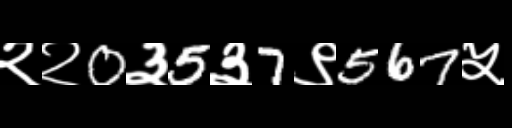
Text: २२0३5३7९567५